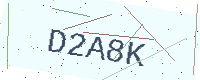
Text: D2A8K